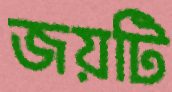
জয়টি